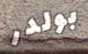
بولدر